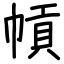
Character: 幊